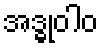
အဒ္ဓုဝါဝ